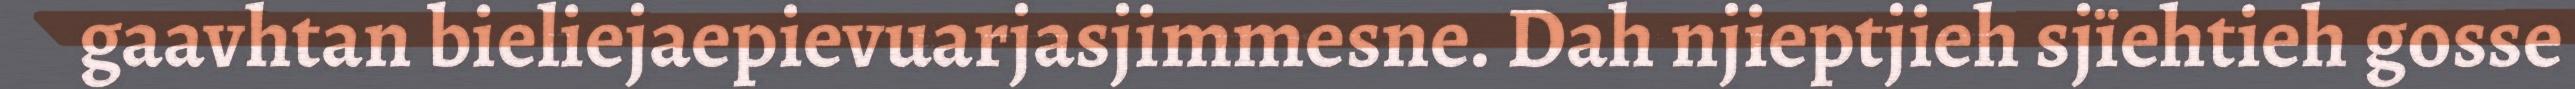
gaavhtan bieliejaepievuarjasjimmesne. Dah njieptjieh sjïehtieh gosse